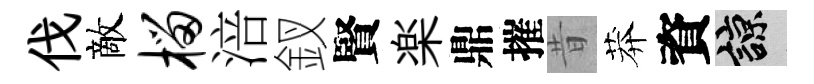
伐敵榴涪釵賢楽鼎摧昔莽資諒